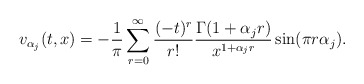
\begin{align*}v_{\alpha_{j}}(t, x) = -\frac{1}{\pi} \sum_{r=0}^{\infty} \frac{(-t)^{r}}{r!} \frac{\Gamma(1 + \alpha_{j} r)}{x^{1 + \alpha_{j} r}} \sin(\pi r \alpha_{j}).\end{align*}